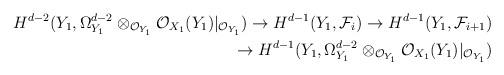
LaTeX: \begin{align*} H^{d-2}(Y_1,\Omega^{d-2}_{Y_1}\otimes_{\mathcal{O}_{Y_1}}\mathcal{O}_{X_1}(Y_1)|_{\mathcal{O}_{Y_1}})\rightarrow H^{d-1}(Y_1,\mathcal{F}_i)\rightarrow H^{d-1}(Y_1,\mathcal{F}_{i+1}) \\ \rightarrow H^{d-1}(Y_1,\Omega^{d-2}_{Y_1}\otimes_{\mathcal{O}_{Y_1}}\mathcal{O}_{X_1}(Y_1)|_{\mathcal{O}_{Y_1}})\end{align*}